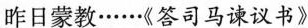
昨日蒙教……《答司马谏议书》